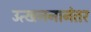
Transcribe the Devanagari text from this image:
उत्खननानंतर